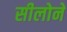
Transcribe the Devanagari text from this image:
सीलोने